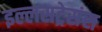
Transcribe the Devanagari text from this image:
इल्लसट्रेसंस